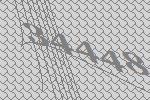
34448